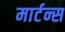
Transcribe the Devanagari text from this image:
मार्टन्स